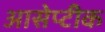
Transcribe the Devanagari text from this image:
आसेप्टीक